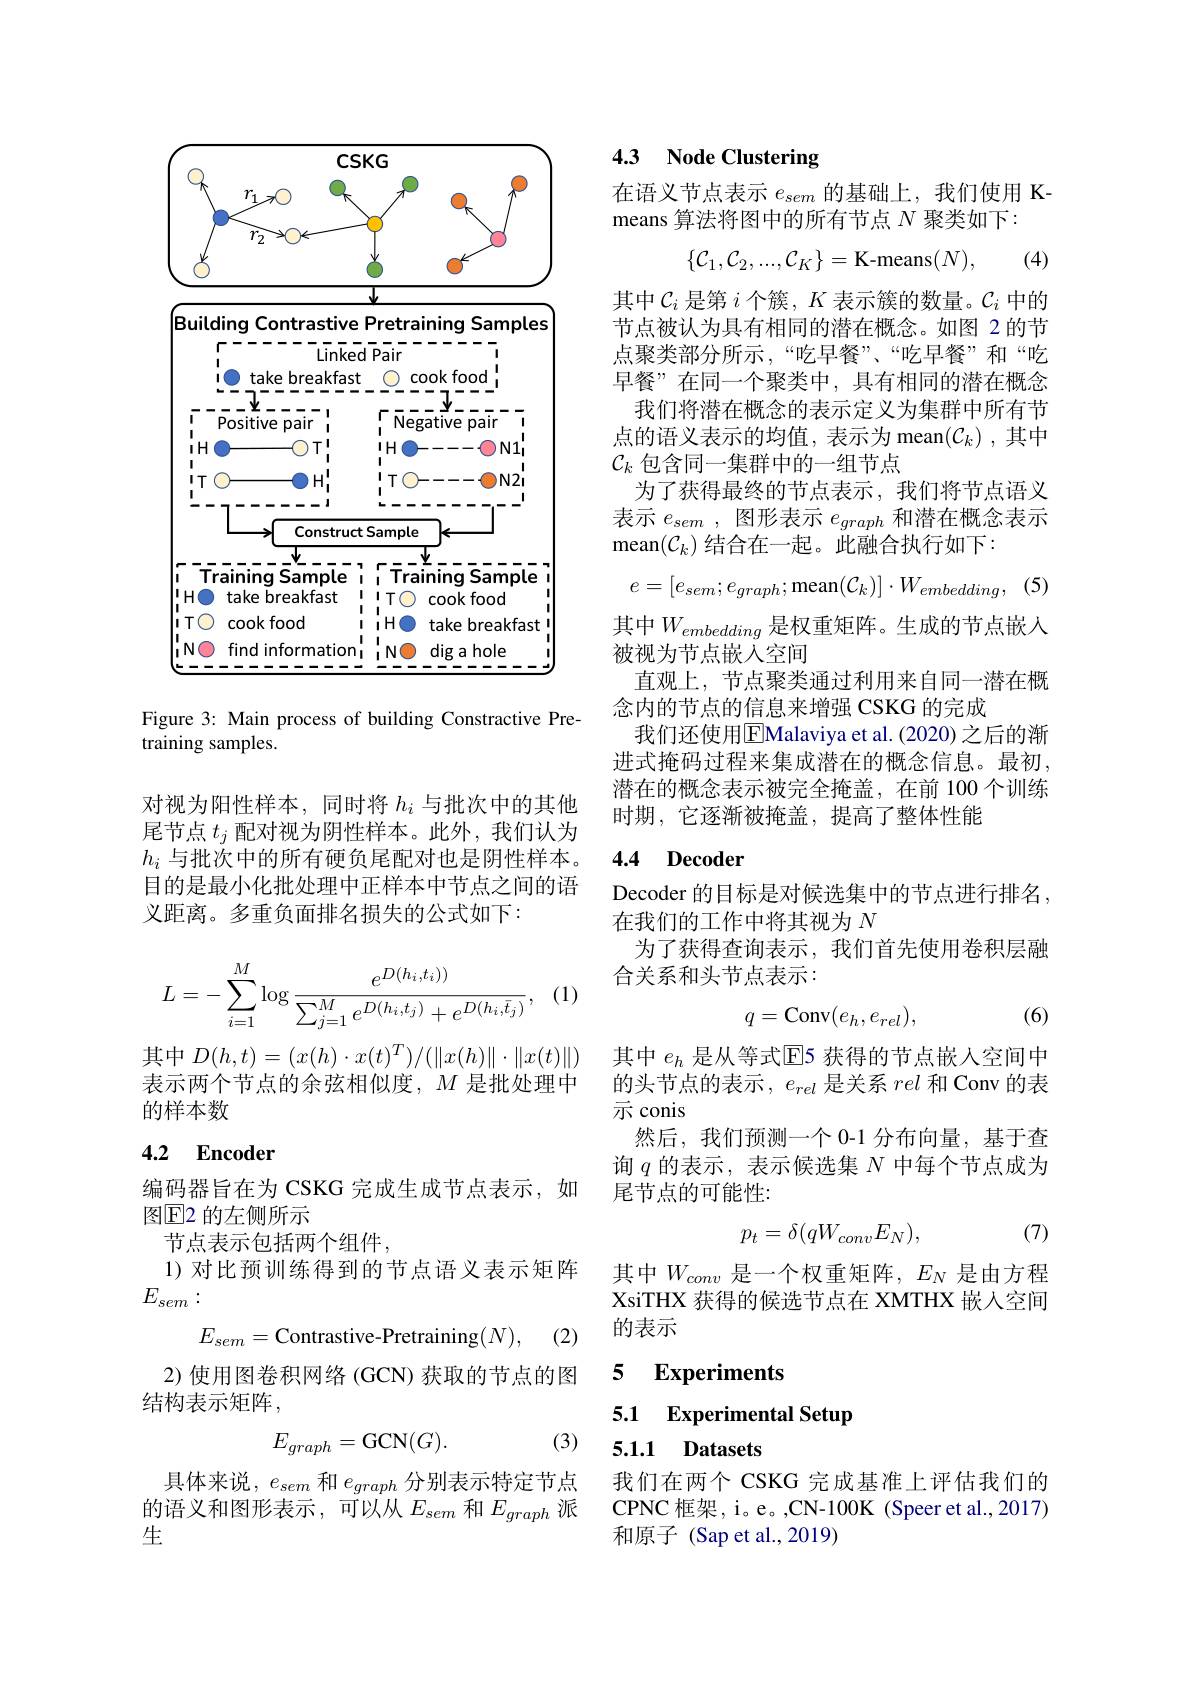
<FigureHere>

Figure 3: Main process of building Constractive Pre-
training samples.

对视为阳性样本，同时将$h_i$与批次中的其他尾节点$t_j$配对视为阴性样本。此外，我们认为$h_i$与批次中的所有硬负尾配对也是阴性样本。目的是最小化批处理中正样本中节点之间的语义距离。多重负面排名损失的公式如下：

, (1)
$$\begin{aligned}L&=-\sum_{i=1}^M\log\frac{e^{D(h_i,t_i))}}{\sum_{j=1}^Me^{D(h_i,t_j)}+e^{D(h_i,\bar{t}_j)}},\end{aligned}$$
其中$D(h,t)=(x(h)\cdot x(t)^{T})/(\|x(h)\|\cdot\|x(t)\|)$ 表示两个节点的余弦相似度，$M$是批处理中的样本数

## 4.2 Encoder

编码器旨在为 CSKG 完成生成节点表示，如
图$\mathbb{E}$2 的左侧所示
节点表示包括两个组件，
1)对比预训练得到的节点语义表示矩阵
$E_{sem}:$
$$E_{sem}=\text{Contrastive-Pretraining}(N),$$
(2)

2) 使用图卷积网络 (GCN) 获取的节点的图
结构表示矩阵，

(3)
$$E_{graph}=\mathrm{GCN}(G).$$
具体来说，$e_{sem}$和$e_{graph}$分别表示特定节点的语义和图形表示，可以从$E_sem$ 和$E_graph$ 派生

### 4.3 Node Clustering

在语义节点表示$e_sem$的基础上，我们使用 K-
means 算法将图中的所有节点$N$聚类如下：
$$\{\mathcal{C}_1,\mathcal{C}_2,...,\mathcal{C}_K\}=\text{K-means}(N),$$
(4)

其中$\mathcal{C}_i$是第$i$个簇，$K$表示簇的数量。$\mathcal{C}_i$中的节点被认为具有相同的潜在概念。如图 2 的节点聚类部分所示，“吃早餐”、“吃早餐”和“吃早餐”在同一个聚类中，具有相同的潜在概念我们将潜在概念的表示定义为集群中所有节点的语义表示的均值，表示为 mean$(\mathcal{C}_k)$,其中$\mathcal{C}_k$包含同一集群中的一组节点
为了获得最终的节点表示，我们将节点语义表示$e_{sem}$ , 图形表示$e_graph$和潜在概念表示mean$(\mathcal{C}_k)$结合在一起。此融合执行如下：
$$e=[e_{sem};e_{graph};\max(\mathcal{C}_{k})]\cdot W_{embedding},$$
其中$W_{embedding}$ 是权重矩阵。生成的节点嵌入
被视为节点嵌人空间
直观上，节点聚类通过利用来自同一潜在概
念内的节点的信息来增强 CSKG 的完成
我们还使用$\overline{\mathrm{E}}$Malaviya et al. (2020) 之后的渐进式掩码过程来集成潜在的概念信息。最初， 潜在的概念表示被完全掩盖，在前 100 个训练时期，它逐渐被掩盖，提高了整体性能

## 4.4 Decoder

Decoder 的目标是对候选集中的节点进行排名，
在我们的工作中将其视为$N$
为了获得查询表示，我们首先使用卷积层融
合关系和头节点表示：
$$q=\text{Conv}(e_h,e_{rel}),$$
(6)

其中$e_h$是从等式E5 获得的节点嵌入空间中的头节点的表示，$e_rel$是关系rel和 Conv 的表示 conis
然后，我们预测一个 0-1 分布向量，基于查询$q$的表示，表示候选集$N$中每个节点成为尾节点的可能性：

(7)
$$p_t=\delta(qW_{conv}E_N),$$
其中$W_{conv}$ 是一个权重矩阵，$E_N$ 是由方程XsiTHX 获得的候选节点在 XMTHX 嵌人空间的表示

5 $\textbf{Experiments}$

# 5.1 Experimental Setup 5.1.1 Datasets

我们在两个 CSKG 完成基准上评估我们的CPNC 框架，i。e。,CN-100K (Speer et al.,2017) 和原子 (Sap et al.,2019)